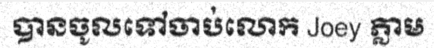
បានចូលទៅចាប់លោក Joey ភ្លាម